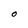
Character: O